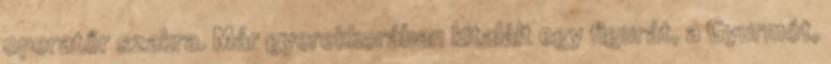
operatőr szakra. Már gyerekkorában kitalált egy figurát, a Gyurmót,